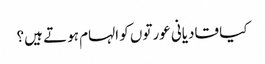
کیا قادیانی عورتوں کو الہام ہوتے ہیں؟